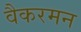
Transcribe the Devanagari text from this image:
वैकरमन